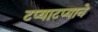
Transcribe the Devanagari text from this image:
टप्याटप्याने